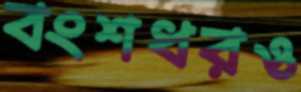
বংশধরও